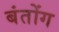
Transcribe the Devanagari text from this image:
बंतोंग